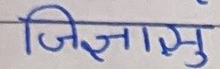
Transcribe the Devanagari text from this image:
जिज्ञासु